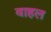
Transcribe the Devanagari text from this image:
वाहल